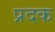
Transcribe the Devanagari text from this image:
प्रदक